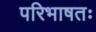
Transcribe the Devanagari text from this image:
परिभाषतः